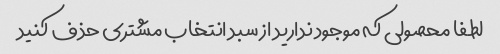
لطفا محصولی که موجود ندارید از سبد انتخاب مشتری حذف کنید